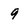
Character: 9